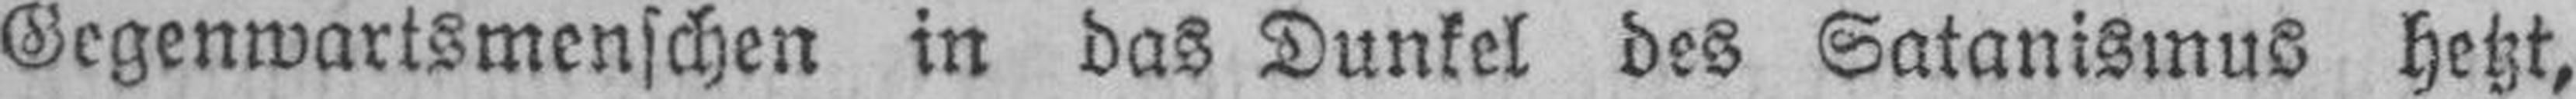
Gegenwartsmenschen in das Dunkel des Satanismus hetzt,